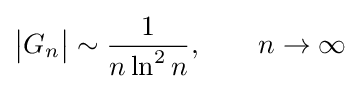
{\big |}G_{n}{\big |}\sim {\frac {1}{n\ln ^{2}n}},\qquad n\to \infty